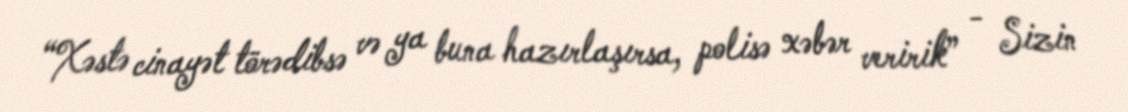
“Xəstə cinayət törədibsə və ya buna hazırlaşırsa, polisə xəbər veririk” - Sizin